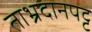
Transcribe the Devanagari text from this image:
ताभ्रदानपट्ट